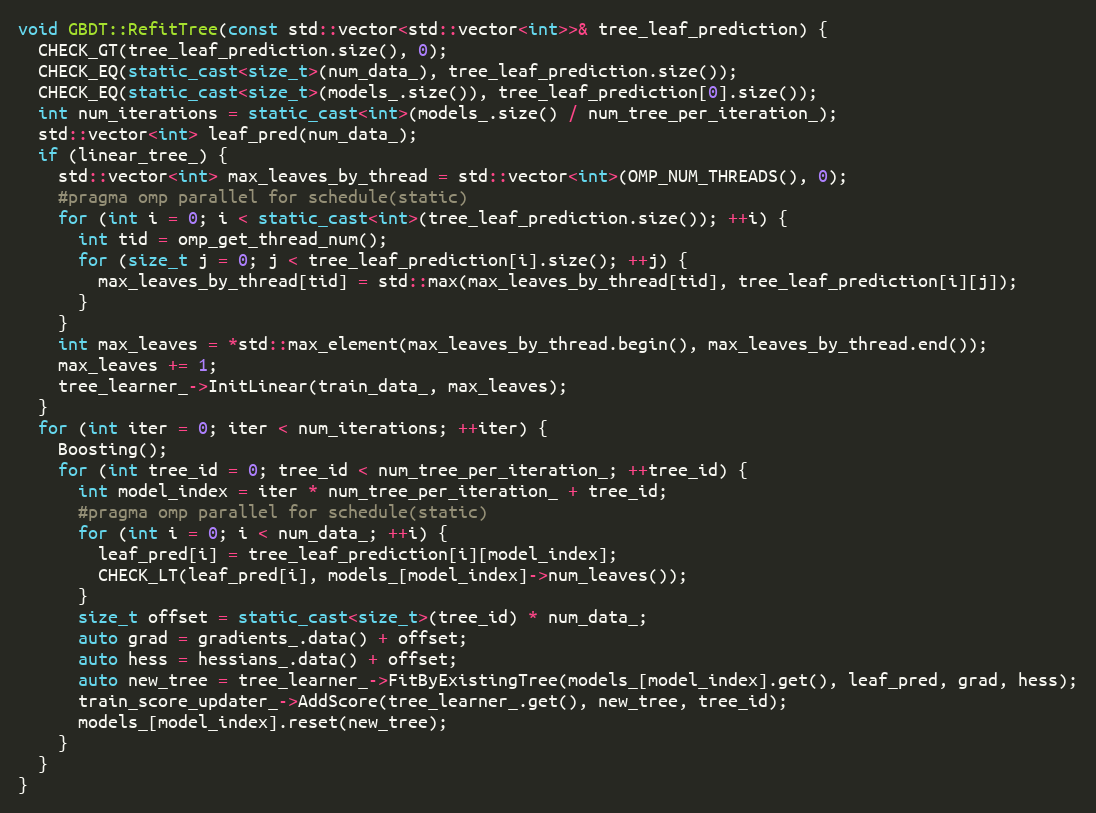
Language: C++
void GBDT::RefitTree(const std::vector<std::vector<int>>& tree_leaf_prediction) {
  CHECK_GT(tree_leaf_prediction.size(), 0);
  CHECK_EQ(static_cast<size_t>(num_data_), tree_leaf_prediction.size());
  CHECK_EQ(static_cast<size_t>(models_.size()), tree_leaf_prediction[0].size());
  int num_iterations = static_cast<int>(models_.size() / num_tree_per_iteration_);
  std::vector<int> leaf_pred(num_data_);
  if (linear_tree_) {
    std::vector<int> max_leaves_by_thread = std::vector<int>(OMP_NUM_THREADS(), 0);
    #pragma omp parallel for schedule(static)
    for (int i = 0; i < static_cast<int>(tree_leaf_prediction.size()); ++i) {
      int tid = omp_get_thread_num();
      for (size_t j = 0; j < tree_leaf_prediction[i].size(); ++j) {
        max_leaves_by_thread[tid] = std::max(max_leaves_by_thread[tid], tree_leaf_prediction[i][j]);
      }
    }
    int max_leaves = *std::max_element(max_leaves_by_thread.begin(), max_leaves_by_thread.end());
    max_leaves += 1;
    tree_learner_->InitLinear(train_data_, max_leaves);
  }
  for (int iter = 0; iter < num_iterations; ++iter) {
    Boosting();
    for (int tree_id = 0; tree_id < num_tree_per_iteration_; ++tree_id) {
      int model_index = iter * num_tree_per_iteration_ + tree_id;
      #pragma omp parallel for schedule(static)
      for (int i = 0; i < num_data_; ++i) {
        leaf_pred[i] = tree_leaf_prediction[i][model_index];
        CHECK_LT(leaf_pred[i], models_[model_index]->num_leaves());
      }
      size_t offset = static_cast<size_t>(tree_id) * num_data_;
      auto grad = gradients_.data() + offset;
      auto hess = hessians_.data() + offset;
      auto new_tree = tree_learner_->FitByExistingTree(models_[model_index].get(), leaf_pred, grad, hess);
      train_score_updater_->AddScore(tree_learner_.get(), new_tree, tree_id);
      models_[model_index].reset(new_tree);
    }
  }
}